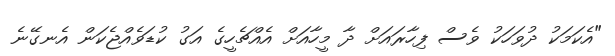
"އެކަމަކު ދުވަހަކު ވެސް ފިހާރައަށް ދާ މީހާއަށް އެއްޗެހީގެ އަގު ކުޑަވެއްޖެކަން އެނގޭނެ